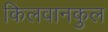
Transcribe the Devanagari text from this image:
किलवानकुल